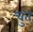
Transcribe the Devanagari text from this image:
चुत्